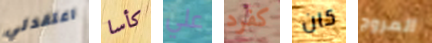
اعتقدتي كأسا علي كفرد كان المروج